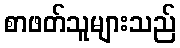
စာဖတ်သူများသည်